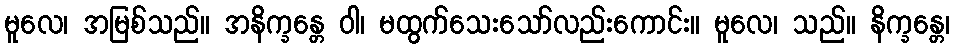
မူလေ၊ အမြစ်သည်။ အနိက္ခန္တေ ဝါ၊ မထွက်သေးသော်လည်းကောင်း။ မူလေ၊ သည်။ နိက္ခန္တေ၊